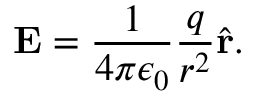
\mathbf { E } = { \frac { 1 } { 4 \pi \epsilon _ { 0 } } } { \frac { q } { r ^ { 2 } } } { \hat { \mathbf { r } } } .